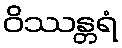
ဝိဿန္တရံ